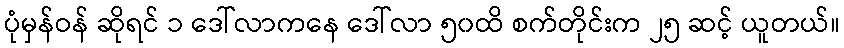
ပုံမှန်ဝန် ဆိုရင် ၁ ဒေါ်လာကနေ ဒေါ်လာ ၅၀ထိ စက်တိုင်းက ၂၅ ဆင့် ယူတယ်။